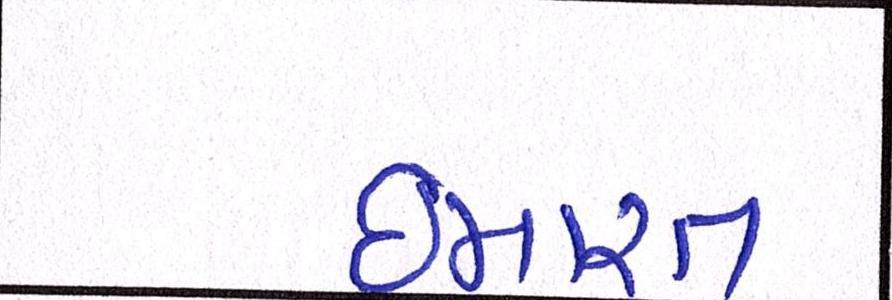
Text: ઈમારત